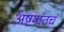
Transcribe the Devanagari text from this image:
अष्टमातच